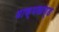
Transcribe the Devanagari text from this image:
वाक्यखण्ड